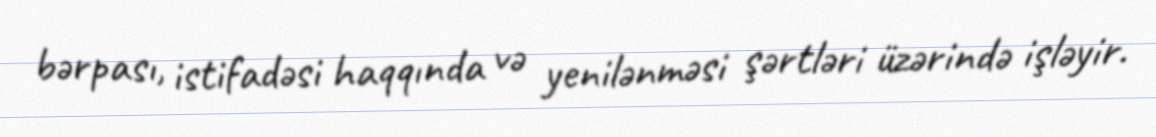
bərpası, istifadəsi haqqında və yenilənməsi şərtləri üzərində işləyir.